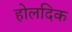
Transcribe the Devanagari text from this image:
होलदिक